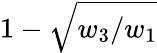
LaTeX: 1-\sqrt{w_{3}/w_{1}}